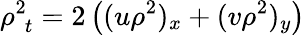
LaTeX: \rho_{\, \, t}^{2}=2\left((u\rho^{2})_{x}+(v\rho^{2})_{y}\right)